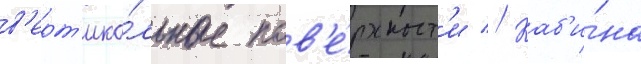
в'ерт'ика́льные пов'е́рхност'и // Каб'и́на